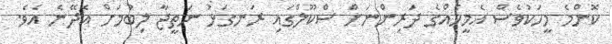
ކޮންމެ މީހަކުވެސް އެމީހެއްގެ ދަރިންނަށް ސްކޫލްގައި ރަނގަޅު ނަތީޖާ ލިބުމަށް އެދޭނެ އެވެ.